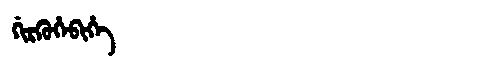
Manchu: ᡤᡳᡵᡴᡠᡥᡝᠪᡳᡥᡝ
Romanization: GIRKUHEBIHE